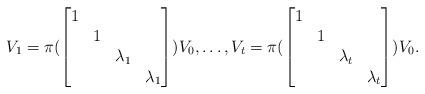
LaTeX: \begin{align*}V_1 = \pi(\begin{bmatrix} 1&&& \\ &1&& \\ &&\lambda_1& \\ &&&\lambda_1 \end{bmatrix}) V_0,\dots, V_t = \pi(\begin{bmatrix} 1&&& \\ &1&& \\ &&\lambda_t& \\ &&&\lambda_t \end{bmatrix}) V_0.\end{align*}